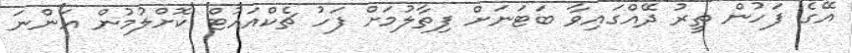
އޭގެ ފަހުން ތީރު ދޭއްގައިވާ ބަޓަނަށް ފިތާލުމަށް ފަހު ޗެކްއައުޓް ކޮށްލުމުން އަންނަ